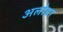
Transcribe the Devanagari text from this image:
अलोहा